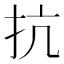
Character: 抗